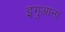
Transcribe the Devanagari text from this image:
इगुआना